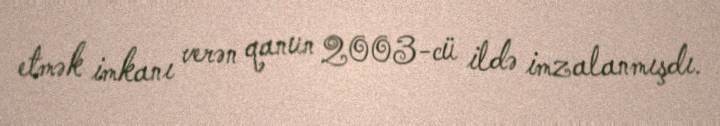
etmək imkanı verən qanun 2003-cü ildə imzalanmışdı.